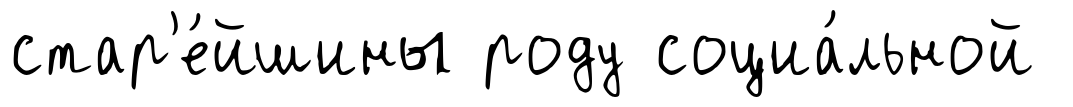
стар'е́йшины роду социа́льной